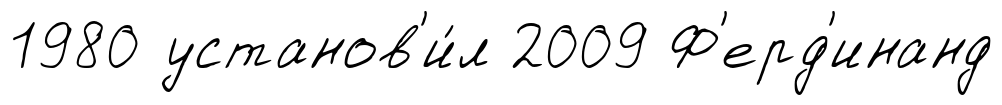
1980 установ'и́л 2009 Ф'ерд'инанд